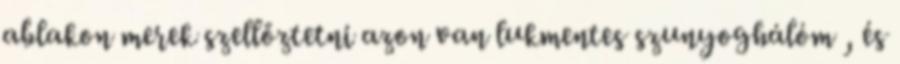
ablakon merek szellőztetni azon van lukmentes szunyoghálóm , és